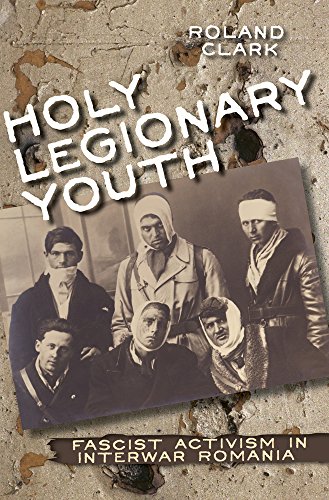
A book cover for Holy Legionary Youth: Fascist Activism in Interwar Romania; Roland Clark; History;